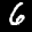
Label: 6